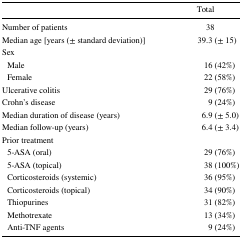
|  | Total |
 | --- | --- |
 | Number of patients | 38 |
 | Median age [years (± standard deviation)] | 39.3 (± 15) |
 | <COLSPAN=2> Sex |
 | Male | 16 (42%) |
 | Female | 22 (58%) |
 | Ulcerative colitis | 29 (76%) |
 | Crohn’s disease | 9 (24%) |
 | Median duration of disease (years) | 6.9 (± 5.0) |
 | Median follow-up (years) | 6.4 (± 3.4) |
 | <COLSPAN=2> Prior treatment |
 | 5-ASA (oral) | 29 (76%) |
 | 5-ASA (topical) | 38 (100%) |
 | Corticosteroids (systemic) | 36 (95%) |
 | Corticosteroids (topical) | 34 (90%) |
 | Thiopurines | 31 (82%) |
 | Methotrexate | 13 (34%) |
 | Anti-TNF agents | 9 (24%) |